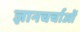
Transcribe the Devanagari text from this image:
ज्ञानचर्चाओं